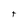
Character: t